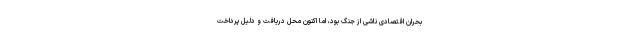
بحران اقتصادیِ ناشی از جنگ بود، اما اکنون محل دریافت و دلیل پرداخت